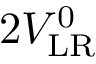
2 V _ { \mathrm { L R } } ^ { 0 }